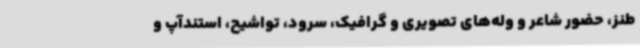
طنز، حضور شاعر و وله‌های تصویری و گرافیک، سرود، تواشیح، استندآپ و